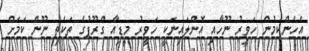
އެހެންކަމުން ހަވީރު ނޫހާއި އޮންލައިނަކީ ހަވީރު މީޑިއާ ގްރޫޕުގެ ތަކެތި ނޫން ކަމަށް